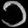
Digit: ၁